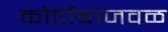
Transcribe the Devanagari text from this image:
कोर्दोबाजवळ